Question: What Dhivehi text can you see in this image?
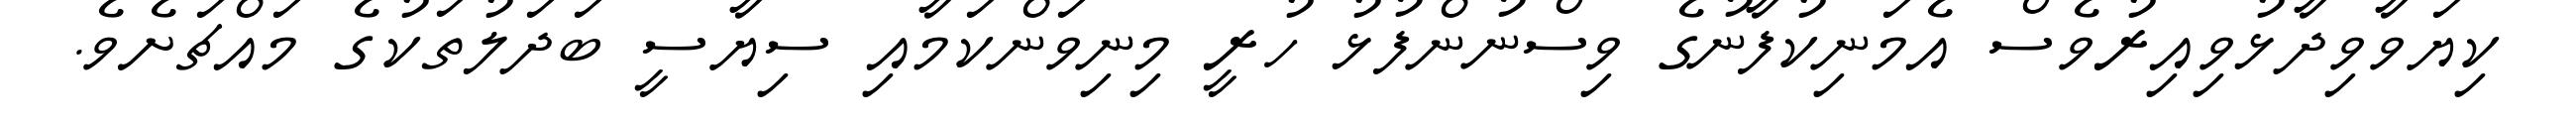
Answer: ކިޔަވާވިދާޅުވިއިރުވެސް އެމަނިކުފާނުގެ ވިސްނުންފުޅު ހުރީ މިނިވަންކަމާއި ސިޔާސީ ބަދަލުތަކުގެ މައްޗަށެވެ.